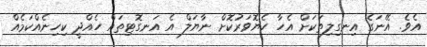
އެވެ. އޭނަގެ އިނގިލިތަކަށް އެހާ ހެޔޮވަރުކޮށް ނާޔަލް އެ އަނގޮޓިތައް ހެއްދީ ކިހިނެއްކަމެއް